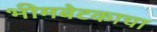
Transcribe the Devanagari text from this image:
भीमबेटकाचा